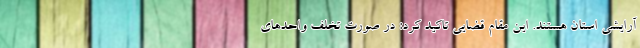
آرایشی استان هستند. این مقام قضایی تاکید کرد: در صورت تخلف واحدهای